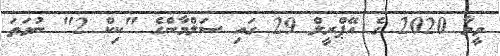
ވީމާ 2020 ގެ އޭޕްރީލް 29 ގައި ސަލްމާންގެ "ކިކް 2" ނުވަތަ